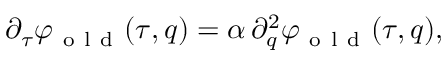
\begin{array} { r } { \partial _ { \tau } \varphi _ { \mathrm { ~ o ~ l ~ d ~ } } ( \tau , q ) = \alpha \, \partial _ { q } ^ { 2 } \varphi _ { \mathrm { ~ o ~ l ~ d ~ } } ( \tau , q ) , } \end{array}